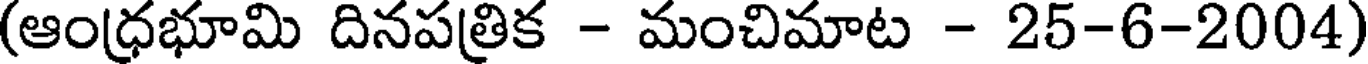
(ఆంధ్రభూమి దినపత్రిక - మంచిమాట - 25-6-2004)